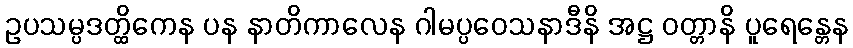
ဥပသမ္ပဒတ္ထိကေန ပန နာတိကာလေန ဂါမပ္ပဝေသနာဒီနိ အဋ္ဌ ဝတ္တာနိ ပူရေန္တေန